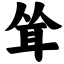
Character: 耸